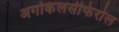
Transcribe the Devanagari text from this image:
अर्गोकेलसीफेरोल